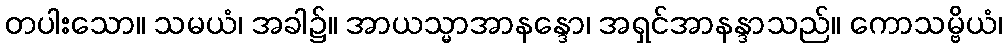
တပါးသော။ သမယံ၊ အခါ၌။ အာယသ္မာအာနန္ဒော၊ အရှင်အာနန္ဒာသည်။ ကောသမ္ဗိယံ၊